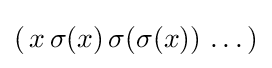
(\,x\,\sigma (x)\,\sigma (\sigma (x))\,\ldots \,)